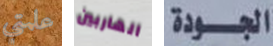
علمتي الهاربين الجودة